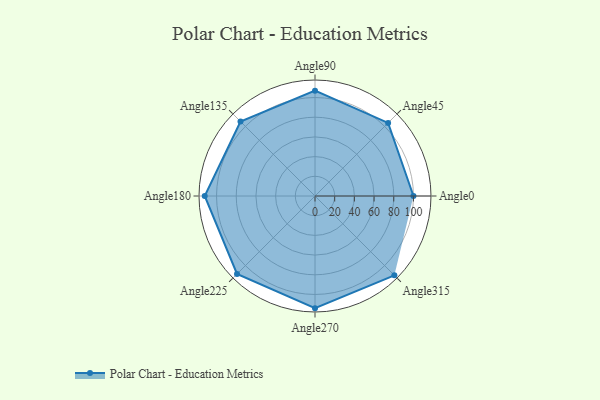
{"axis": {"x": "Angle", "y": "Radius"}, "legend": [""], "data": [{"x": "Angle0", "y": 100.0, "type": ""}, {"x": "Angle45", "y": 105.0, "type": ""}, {"x": "Angle90", "y": 107.0, "type": ""}, {"x": "Angle135", "y": 107.0, "type": ""}, {"x": "Angle180", "y": 112.0, "type": ""}, {"x": "Angle225", "y": 112.0, "type": ""}, {"x": "Angle270", "y": 114.0, "type": ""}, {"x": "Angle315", "y": 114.0, "type": ""}]}